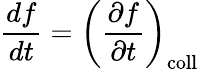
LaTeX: {\frac{df}{dt}}=\left({\frac{\partial f}{\partial t}}\right)_{\mathrm{coll}}